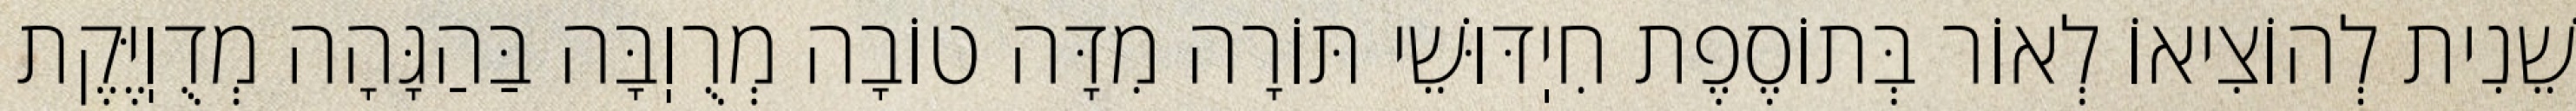
שֵׁנִית לְהוֹצִיאוֹ לְאוֹר בְּתוֹסֶפֶת חִיֽדּוּשֵׁי תּוֹרָה מִדָּה טוֹבָה מְרֻוֽבָּה בַּהַגָּהָה מְדֻוֽיֶּקֶת